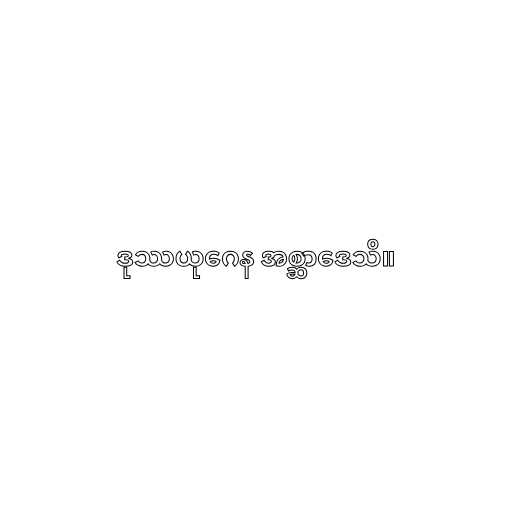
ဒုဿယုဂေန အစ္ဆာဒေသိ။